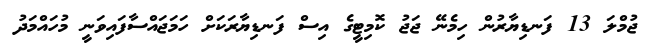
ޖުމްލަ 13 ފަނޑިޔާރުން ހިމެނޭ ޖަޖު ކޮމިޓީގެ އިސް ފަނޑިޔާރަކަށް ހަމަޖައްސާފައިވަނީ މުހައްމަދު